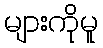
များကိုမူ